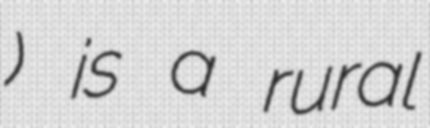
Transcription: Перькова) is a rural